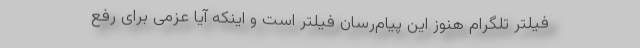
فیلتر تلگرام هنوز این پیام‌رسان فیلتر است و اینکه آیا عزمی برای رفع